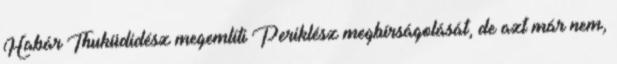
Habár Thuküdidész megemlíti Periklész megbírságolását, de azt már nem,